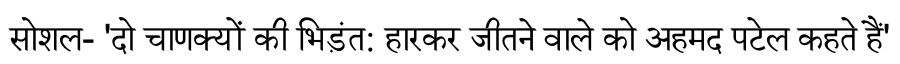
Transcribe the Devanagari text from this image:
सोशल- 'दो चाणक्यों की भिड़ंत: हारकर जीतने वाले को अहमद पटेल कहते हैं'